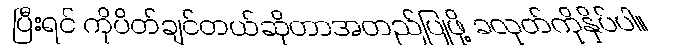
ပြီးရင် ကိုပိတ်ချင်တယ်ဆိုတာအတည်ပြုဖို့ ခလုတ်ကိုနှိပ်ပါ။